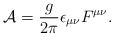
\begin{align*}{\cal A}= {{g}\over{2\pi }} \epsilon _{\mu\nu }F^{\mu\nu}.\end{align*}